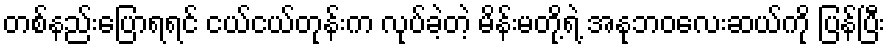
တစ်နည်းပြောရရင် ငယ်ငယ်တုန်းက လုပ်ခဲ့တဲ့ မိန်းမတို့ရဲ့ အနုဘဝလေးဆယ်ကို ပြန်ပြီး